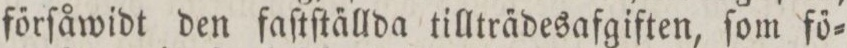
főrſåwidt den faſtſta̋llda tilltra̋desafgiften, ſom fő=